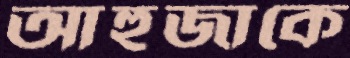
আহুজাকে